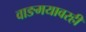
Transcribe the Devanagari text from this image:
वाङमयावरही